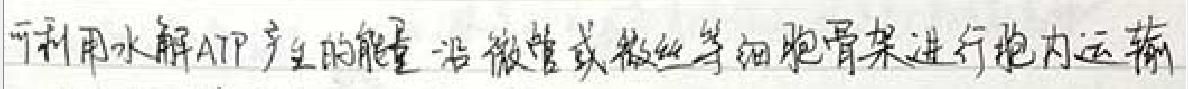
可利用水解ATP产生的能量，沿微管或微丝等细胞骨架进行胞内运输